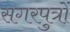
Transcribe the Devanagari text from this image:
सगरपुत्रों